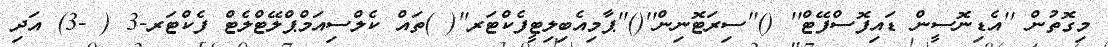
މިގޮތުން ''އެޑިނޮސީން ޑައިފޮސްފޭޓް'' ()''ސިރަޓޮނިން''()''ޕާމިއެބިލިޓީފެކްޓަރ''( )ތައް ކެލްސިއަމްޕްލޭޓްލެޓް ފެކްޓަރ-3 ( -3) އަދި